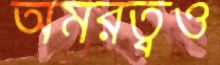
অমরত্বও